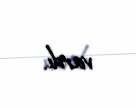
vardı.